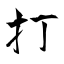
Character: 打